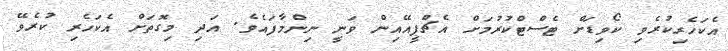
އެކަހެރިކުރެވި ކޯވިޑަށް ޓެސްޓްކުރުމަށް އެޗްޕީއޭއިން ވަނީ ނިންމާފައެވެ. އަދި މިގޮތަށް އެކަހެރި ކުރެވޭ